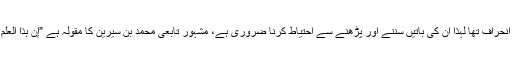
ڈاکٹر اسرار احمد کے افکار میں انحراف تھا لہٰذا ان کی باتیں سننے اور پڑھنے سے احتیاط کرنا ضروری ہے، مشہور تابعی محمد بن سیرین کا مقولہ ہے ”إن ہذا العلم دین فانظروا عمّن تأخذون دینکم“۔